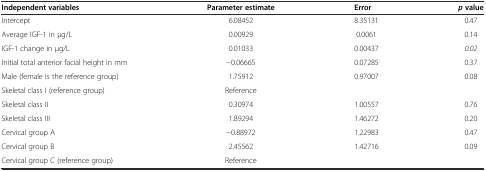
| Independent variables | Parameter estimate | Error | pvalue |
 | --- | --- | --- | --- |
 | Intercept | 6.08452 | 8.35131 | 0.47 |
 | Average IGF-1 in μg/L | 0.00929 | 0.0061 | 0.14 |
 | IGF-1 change in μg/L | 0.01033 | 0.00437 | 0.02 |
 | Initial total anterior facial height in mm | −0.06665 | 0.07285 | 0.37 |
 | Male (female is the reference group) | 1.75912 | 0.97007 | 0.08 |
 | Skeletal class I (reference group) | Reference |  |  |
 | Skeletal class II | 0.30974 | 1.00557 | 0.76 |
 | Skeletal class III | 1.89294 | 1.46272 | 0.20 |
 | Cervical group A | −0.88972 | 1.22983 | 0.47 |
 | Cervical group B | 2.45562 | 1.42716 | 0.09 |
 | Cervical group C (reference group) | Reference |  |  |